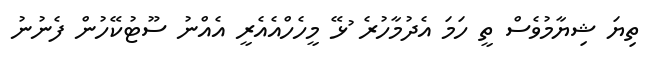
ތިޔަ ޝިޔާމުވެސް ތީ ހަމަ އެދުމާހުރެ ުޅޭ މީހެހްއެއެރީ އެއްނު ސޫޓުކޭހުން ފެނުނު